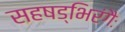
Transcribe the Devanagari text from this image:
सहषड्भिरंगैः